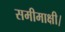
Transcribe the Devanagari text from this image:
समीमाक्षी।